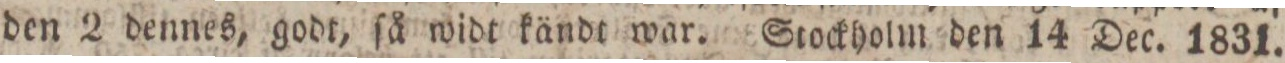
den 2 dennes, godt, ſå widt kändt war. Stockholm den 14 Dec. 1831.